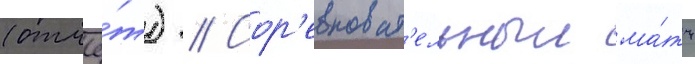
(отчё́т) // Сор'евноват'ельныи ма́тч